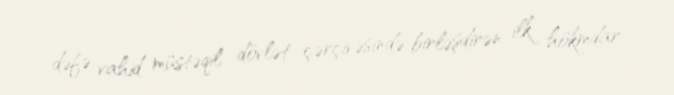
dəfə vahid müstəqil dövlət çərçivəsində birləşdirən ilk hökmdar.